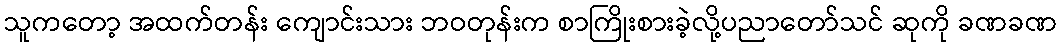
သူကတော့ အထက်တန်း ကျောင်းသား ဘဝတုန်းက စာကြိုးစားခဲ့လို့ပညာတော်သင် ဆုကို ခဏခဏ